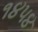
૧૪૫૪